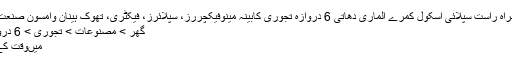
چین فیکٹری براہ راست سپلائی اسکول کمرے الماری دھاتی 6 دروازہ تجوری کابینہ مینوفیکچررز، سپلائرز، فیکٹری، تھوک ہینان وامسون صنعت کمپنی، لمیٹڈ
گھر > مصنوعات > تجوری > 6 دروازے تجوری
میںوقت کے لیے کوئی ۔